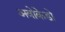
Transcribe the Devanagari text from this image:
अवोकेडो